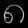
Digit: ၈